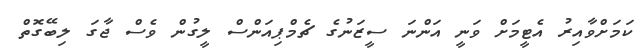
ކަމަށްވާއިރު އެޓީމަށް ވަނީ އަންނަ ސީޒަނުގެ ޗެމްޕިއަންސް ލީގުން ވެސް ޖާގަ ލިބޭގޮތް